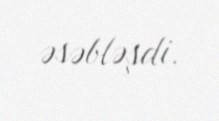
əsəbləşdi.